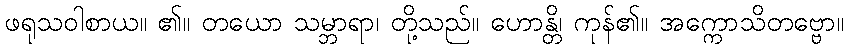
ဖရုသဝါစာယ။ ၏။ တယော သမ္ဘာရာ၊ တို့သည်။ ဟောန္တိ၊ ကုန်၏။ အက္ကောသိတဗ္ဗော။